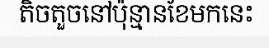
តិចតួចនៅប៉ុន្មានខែមកនេះ